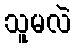
သူမလဲ